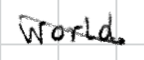
Text: world
Cross-out: diagonal
Writing tool: digital_black